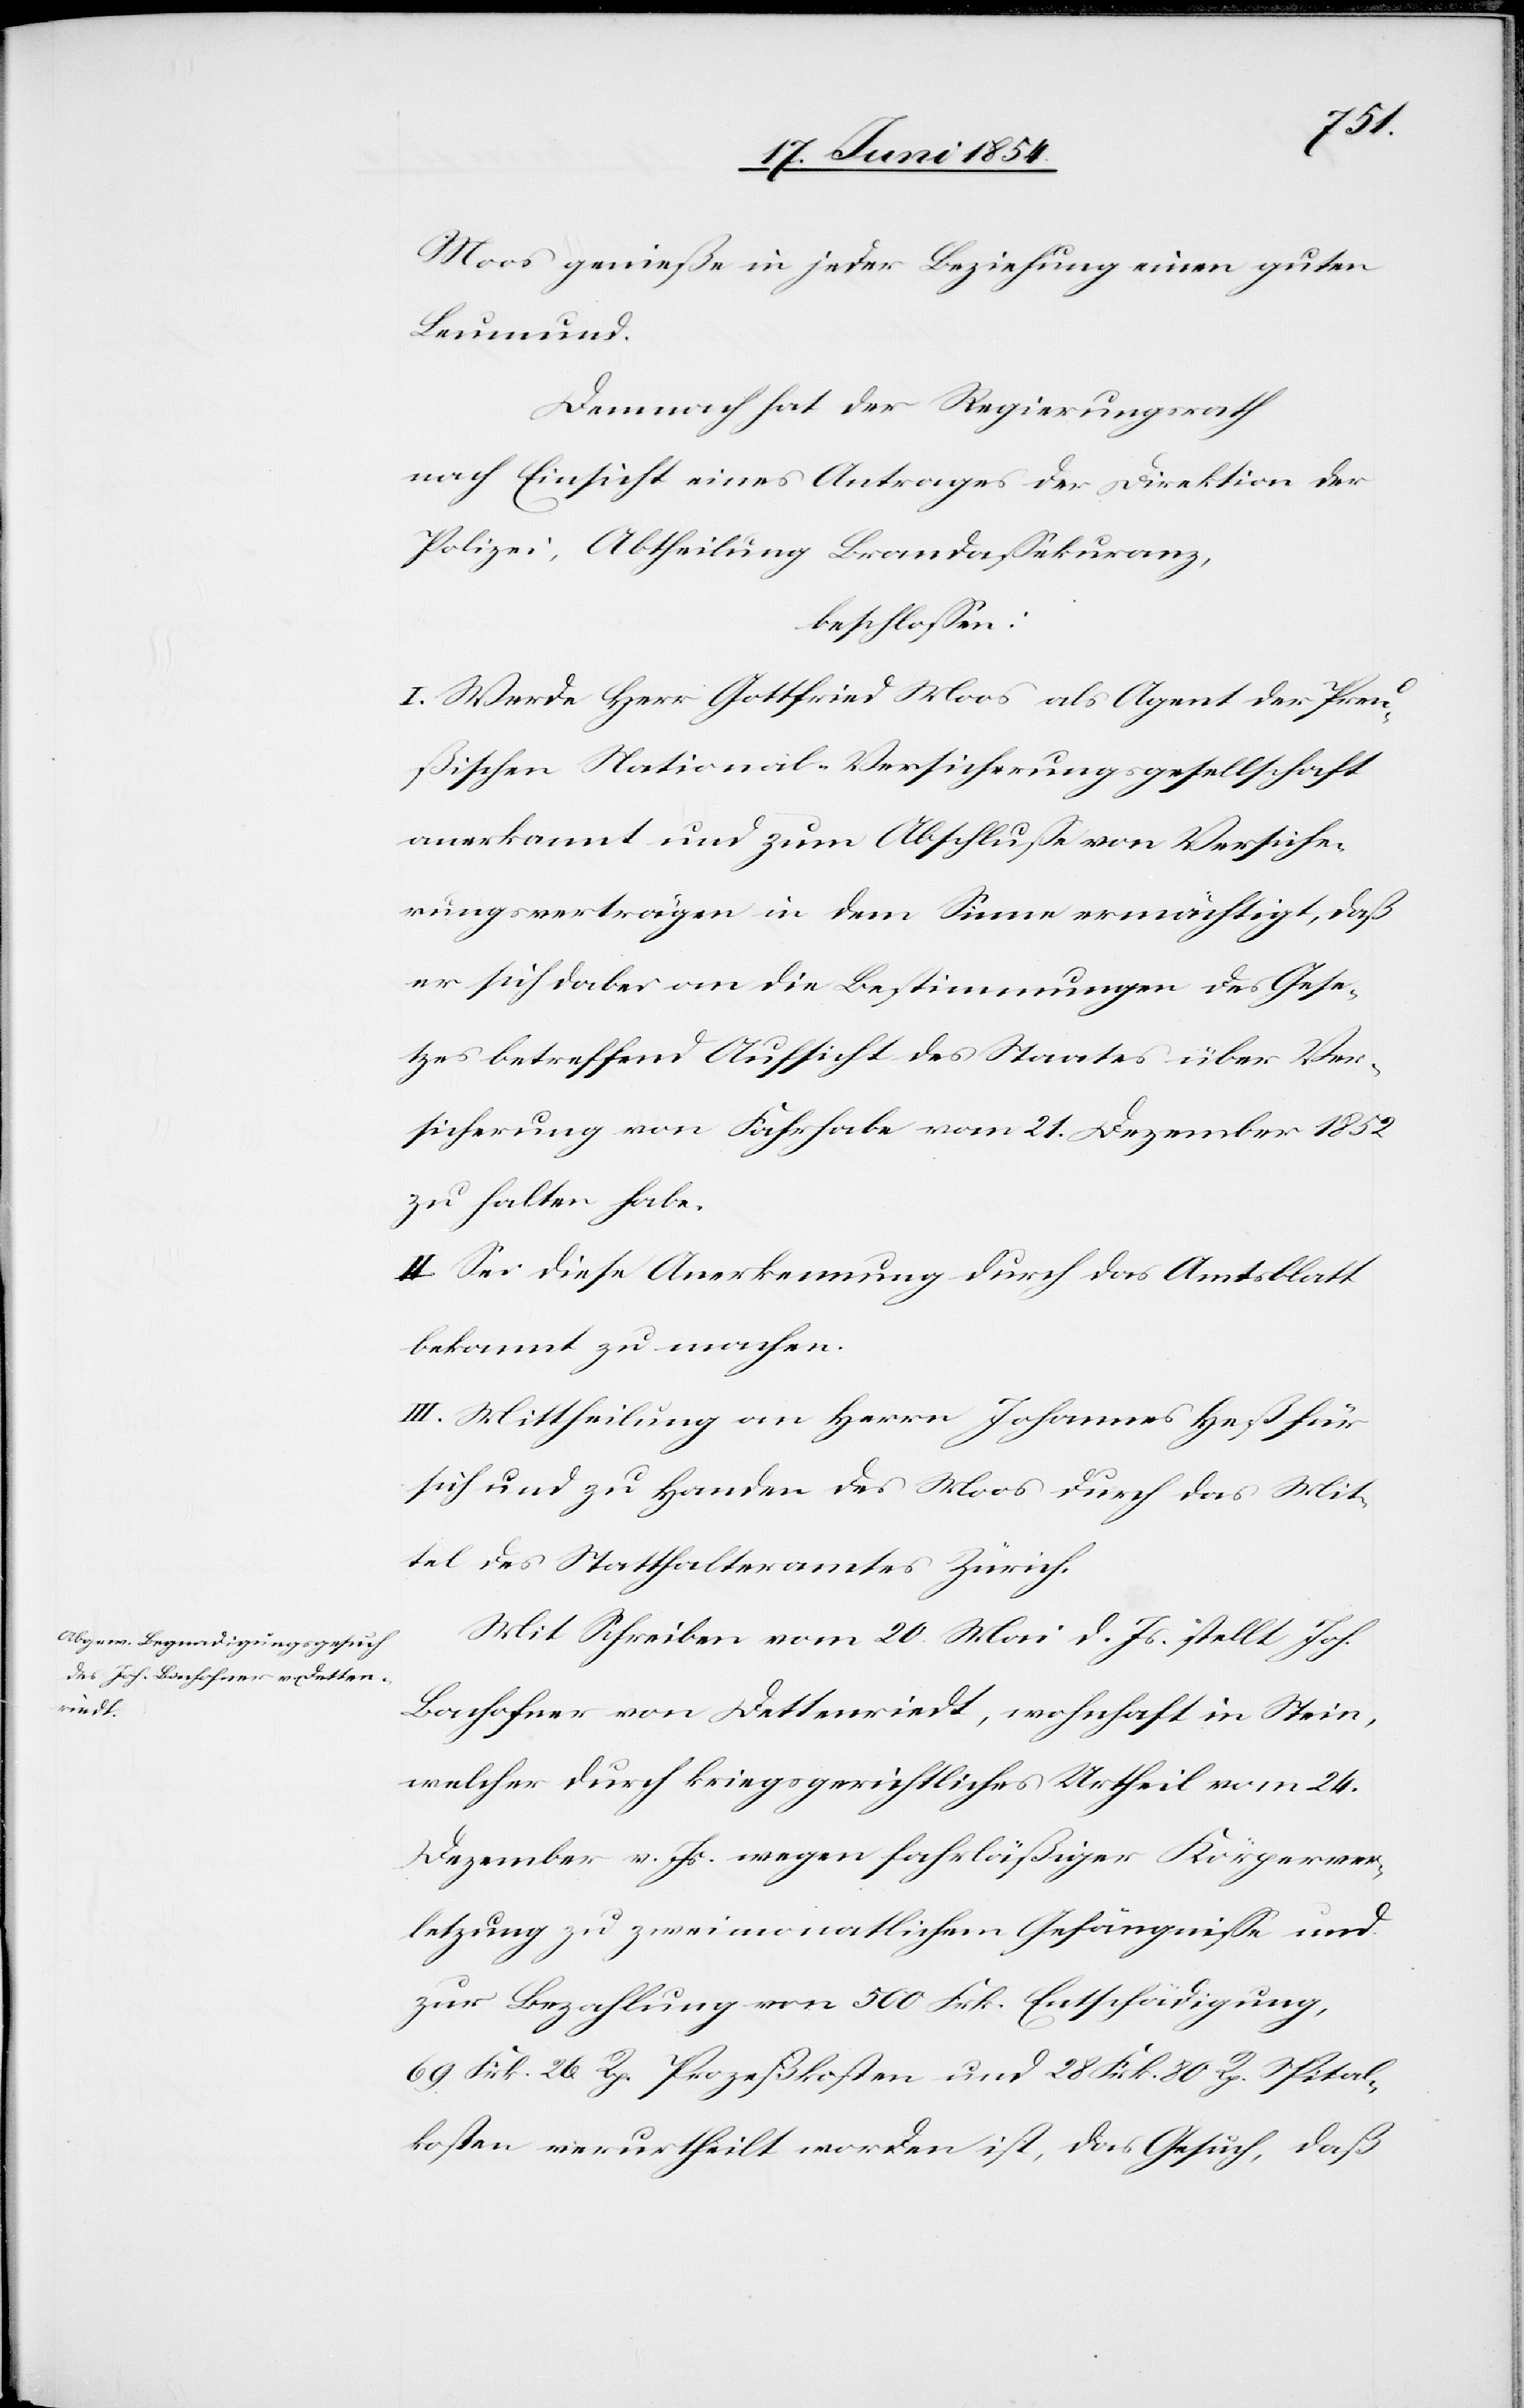
Moos genieße in jeder Beziehung einen guten
Leumund.
Demnach hat der Regierungsrath
nach Einsicht eines Antrages der Direktion der
Polizei, Abtheilung Brandaßekuranz,
beschloßen:
I. Werde Herr Gottfried Moos als Agent der Preu¬
ßischen National-Versicherungsgesellschaft
anerkannt und zum Abschluße von Versiche¬
rungsverträgen in dem Sinne ermächtigt, daß
er sich dabei an die Bestimmungen des Gese¬
tzes betreffend Aufsicht des Staates über Ver¬
sicherung von Fahrhabe vom 21. Dezember 1852
zu halten habe.
II. Sei diese Anerkennung durch das Amtsblatt
bekannt zu machen.
III. Mittheilung an Herrn Johannes Heß für
sich und zu Handen des Moos durch das Mit¬
tel des Statthalteramtes Zürich.
Mit Schreiben vom 20. Mai d. Js. stellt Joh.
Bachofner von Dettenriedt, wohnhaft in Stein,
welcher durch kriegsgerichtliches Urtheil vom 24.
Dezember v. Js. wegen fahrläßiger Körperver¬
letzung zu zweimonatlichem Gefängniße und
zur Bezahlung von 500 Frk. Entschädigung,
69 Frk. 26 Rp. Prozeßkosten und 28 Frk.80 Rp. Spital¬
kosten verurtheilt worden ist, das Gesuch, daß